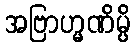
အဗြာဟ္မဏိမ္ပိ